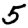
Digit: 5